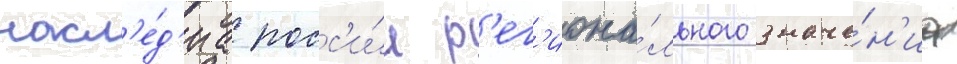
насл'е́д'иа росс'и́и р'ег'иона́льного значе́н'иа